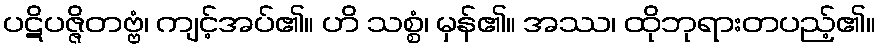
ပဋိပဇ္ဇိတဗ္ဗံ၊ ကျင့်အပ်၏။ ဟိ သစ္စံ၊ မှန်၏။ အဿ၊ ထိုဘုရားတပည့်၏။